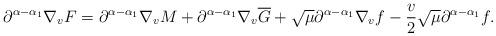
LaTeX: \begin{align*}\partial^{\alpha-\alpha_{1}}\nabla_{v}F=\partial^{\alpha-\alpha_{1}}\nabla_{v}M+\partial^{\alpha-\alpha_{1}}\nabla_{v}\overline{G}+\sqrt{\mu}\partial^{\alpha-\alpha_{1}}\nabla_{v}f-\frac{v}{2}\sqrt{\mu}\partial^{\alpha-\alpha_{1}}f.\end{align*}